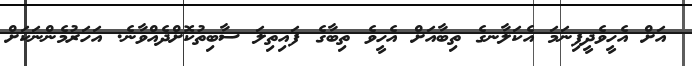
އަށް އެހީވެދީފިނަމަ އެކަލާނގެ ތިބާއަށް އެހީވެ ތިބާގެ ފައިތިލަ ސާބިތުކޮށްދެއްވާނެ. އަހަރުމެންނަކަށް